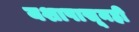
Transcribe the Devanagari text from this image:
यशापासूनही